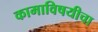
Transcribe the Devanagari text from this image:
कामाविषयीचा